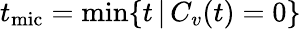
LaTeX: t_{\mathrm{mic}}=\operatorname*{min}\{ t\, |\, C_{v}(t)=0\}